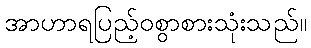
အာဟာရပြည့်ဝစွာစားသုံးသည်။